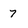
Character: 7